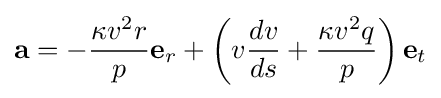
\mathbf {a} =-{\frac {\kappa v^{2}r}{p}}\mathbf {e} _{r}+\left(v{\frac {dv}{ds}}+{\frac {\kappa v^{2}q}{p}}\right)\mathbf {e} _{t}